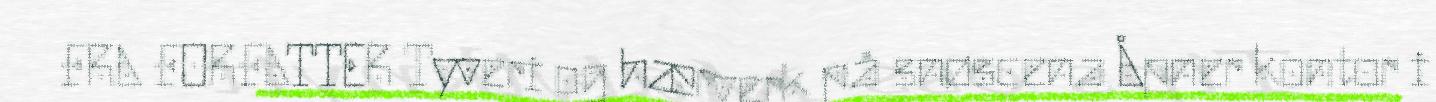
FRA FORFATTER Tyveri og hærverk på snøscena Åpner kontor i